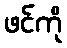
ဖင်ကို